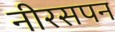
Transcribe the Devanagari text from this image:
नीरसपन